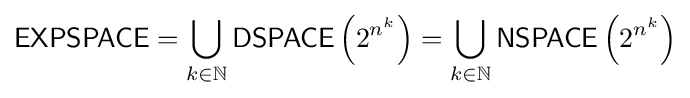
{\mathsf {EXPSPACE}}=\bigcup _{k\in \mathbb {N} }{\mathsf {DSPACE}}\left(2^{n^{k}}\right)=\bigcup _{k\in \mathbb {N} }{\mathsf {NSPACE}}\left(2^{n^{k}}\right)